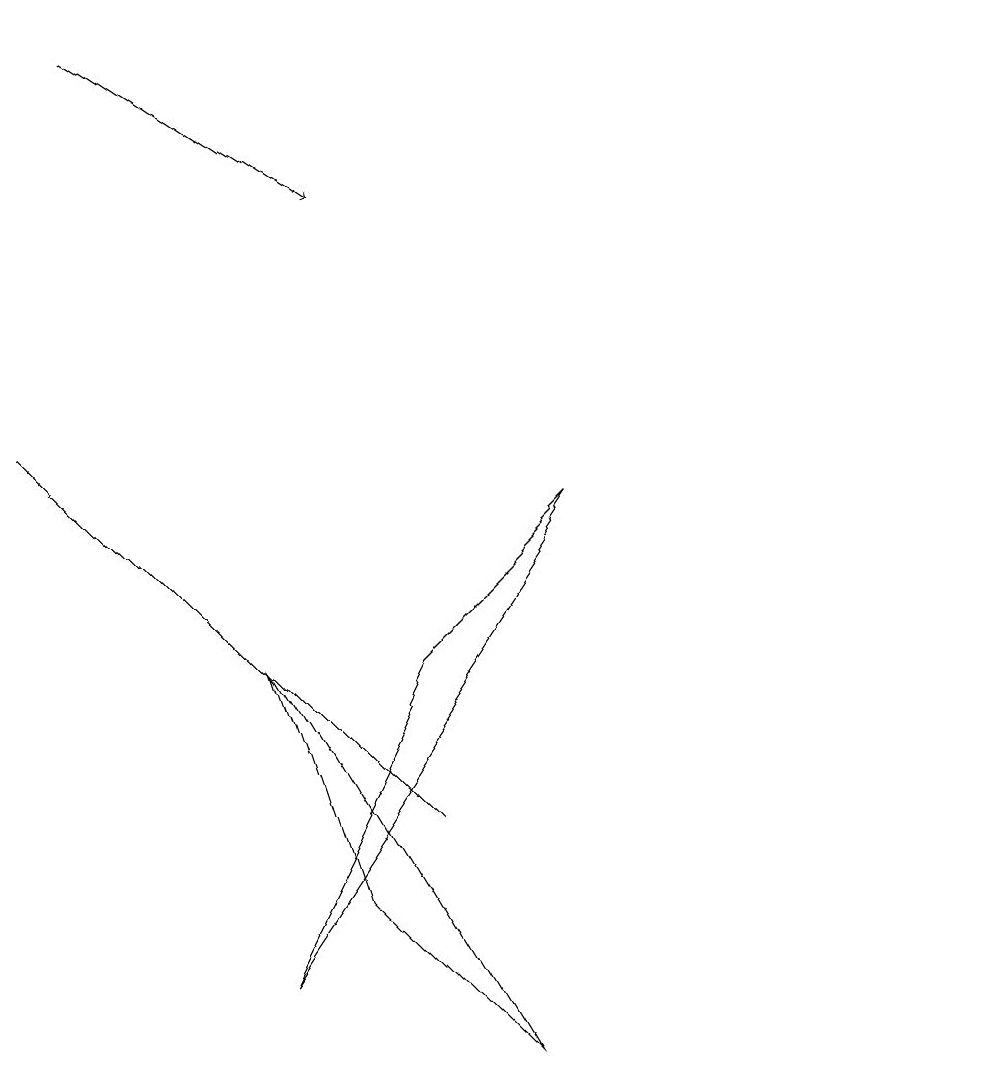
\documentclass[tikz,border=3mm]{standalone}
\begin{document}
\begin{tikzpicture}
\draw (12,10) circle (0);
\draw (3,2) -- (7,8) -- (5,6) -- cycle;
\draw[->] (1,14) -- (4,12);
\draw (4,3) -- (6,1) -- (3,6) -- cycle;
\draw (0,9) -- (4,5) -- (5,4) -- cycle;
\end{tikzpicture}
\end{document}